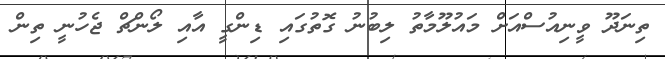
ތިނަދޫ ވީނިއުސްއަށް މައުލޫމާތު ލިބުނު ގޮތުގައި ޑިންގީ އާއި ލޯންޗް ޖެހުނީ ތިން